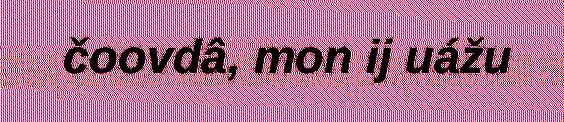
čoovdâ, mon ij uážu